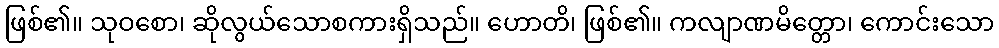
ဖြစ်၏။ သုဝစော၊ ဆိုလွယ်သောစကားရှိသည်။ ဟောတိ၊ ဖြစ်၏။ ကလျာဏမိတ္တော၊ ကောင်းသော